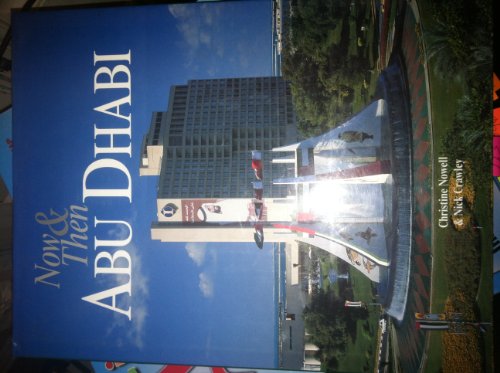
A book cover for Now & Then: Abu Dhabi; Nick Crawley; History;